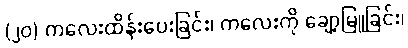
(၂၀) ကလေးထိန်းပေးခြင်း၊ ကလေးကို ချော့မြူခြင်း၊